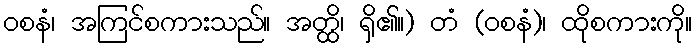
ဝစနံ၊ အကြင်စကားသည်။ အတ္ထိ၊ ရှိ၏။) တံ (ဝစနံ)၊ ထိုစကားကို။